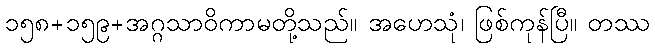
၁၅၈+၁၅၉+အဂ္ဂသာဝိကာမတို့သည်။ အဟေသုံ၊ ဖြစ်ကုန်ပြီ။ တဿ